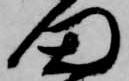
門